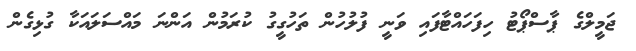
ޖަމީލްގެ ޕާސްޕޯޓު ހިފަހައްޓާފައި ވަނީ ފުލުހުން ތަހުގީގު ކުރަމުން އަންނަ މައްސަލައަކާ ގުޅިގެން